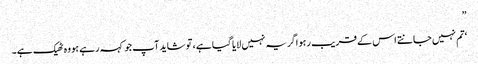
”
‘تم نہیں جانتے اس کے قریب رہو اگر یہ نہیں لایا گیا ہے ، تو شاید آپ جو کہہ رہے ہو وہ ٹھیک ہے۔